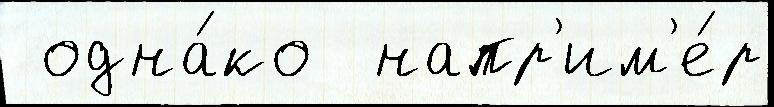
 одна́ко  напр'им'е́р